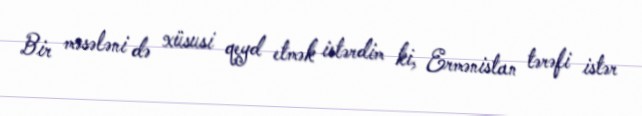
Bir məsələni də xüsusi qeyd etmək istərdim ki, Ermənistan tərəfi istər